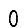
Digit: 0